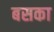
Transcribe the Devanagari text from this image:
बसका